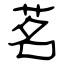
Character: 茗